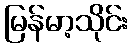
မြန်မာ့သိုင်း